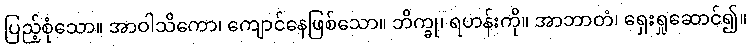
ပြည့်စုံသော။ အာဝါသိကော၊ ကျောင်နေဖြစ်သော။ ဘိက္ခု၊ ရဟန်းကို။ အာဘာတံ၊ ရှေးရှုဆောင်၍။